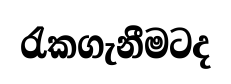
රැකගැනීමටද